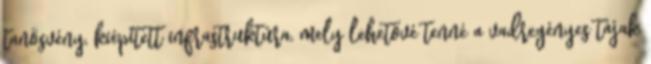
tanösvény, kiépített infrastruktúra, mely lehetővé tenné a vadregényes tájak